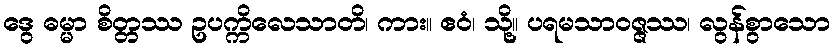
ဒွေ ဓမ္မာ စိတ္တဿ ဥပက္ကိလေသာတိ၊ ကား။ ဧဝံ၊ သို့။ ပရမသာဝဇ္ဇဿ၊ လွန်စွာသော